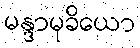
မန္ဒာမုခိယော